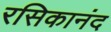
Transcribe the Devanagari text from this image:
रसिकानंद